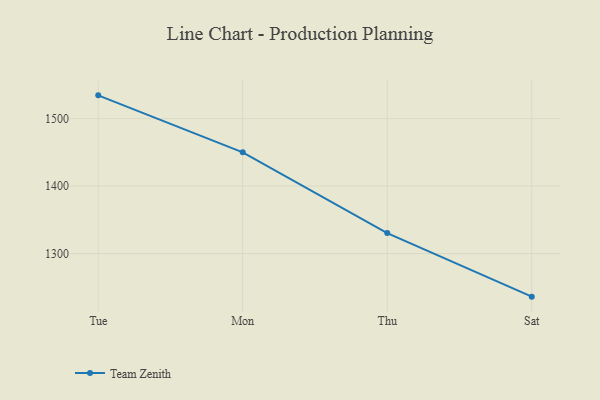
{"axis": {"x": "Day", "y": "Conversion Rate (%)"}, "legend": ["Team Zenith"], "data": [{"x": "Tue", "y": 1534.4, "type": "Team Zenith"}, {"x": "Mon", "y": 1450.0, "type": "Team Zenith"}, {"x": "Thu", "y": 1330.4, "type": "Team Zenith"}, {"x": "Sat", "y": 1236.3, "type": "Team Zenith"}]}